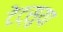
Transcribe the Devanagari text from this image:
टेट्सुया